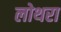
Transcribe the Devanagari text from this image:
लोथरा